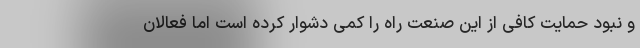
و نبود حمایت کافی از این صنعت راه را کمی دشوار کرده است اما فعالان